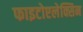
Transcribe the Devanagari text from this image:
फाइटोएलेक्सिन